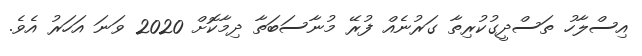
އިިސްލާހު ތަސްދީގުކުރިތާ ގަރުނެއް ފުރޭ މުނާސަބަތާ ދިމާކޮށް 2020 ވަނަ އަހަރު އެވެ.